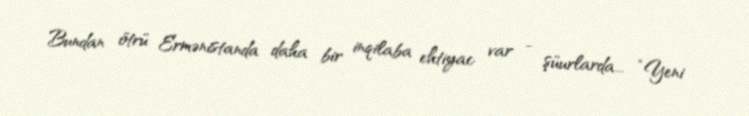
Bundan ötrü Ermənistanda daha bir inqilaba ehtiyac var - şüurlarda... “Yeni